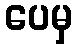
ပေမှ